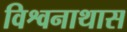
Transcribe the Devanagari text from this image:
विश्वनाथास